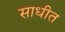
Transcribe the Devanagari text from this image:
साधीत